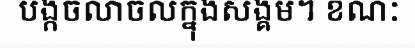
បង្កចលាចលក្នុងសង្គម។ ខណៈ